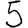
Digit: 5